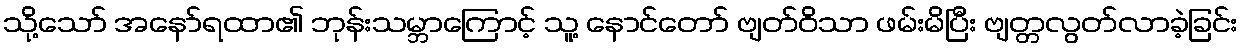
သို့သော် အနော်ရထာ၏ ဘုန်းသမ္ဘာကြောင့် သူ့ နောင်တော် ဗျတ်ဝိသာ ဖမ်းမိပြီး ဗျတ္တလွတ်လာခဲ့ခြင်း